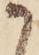
か